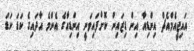
އައިޖީއެމްއެޗް އިންޑިއާ އިން ޑިޒައިން ކޮށްފައިވަނީ އިންޑިއާގެ އެންމެ އާދައިގެ ކަޑަ ކަޑަ